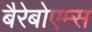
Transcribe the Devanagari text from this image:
बैरेबोएम्स